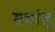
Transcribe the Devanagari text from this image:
सर्धालू